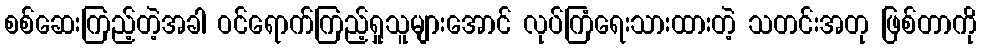
စစ်ဆေးကြည့်တဲ့အခါ ဝင်ရောက်ကြည့်ရှုသူများအောင် လုပ်ကြံရေးသားထားတဲ့ သတင်းအတု ဖြစ်တာကို